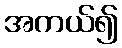
အကယ်၍